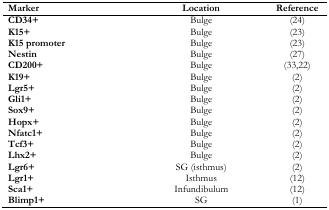
<table><thead><tr><td><b>Marker</b></td><td><b>Location</b></td><td><b>Reference</b></td></tr></thead><tbody><tr><td><b>CD34+</b></td><td>Bulge</td><td>(24)</td></tr><tr><td><b>K15+</b></td><td>Bulge</td><td>(23)</td></tr><tr><td><b>K15 promoter</b></td><td>Bulge</td><td>(23)</td></tr><tr><td><b>Nestin</b></td><td>Bulge</td><td>(27)</td></tr><tr><td><b>CD200+</b></td><td>Bulge</td><td>(33,22)</td></tr><tr><td><b>K19+</b></td><td>Bulge</td><td>(2)</td></tr><tr><td><b>Lgr5+</b></td><td>Bulge</td><td>(2)</td></tr><tr><td><b>Gli1+</b></td><td>Bulge</td><td>(2)</td></tr><tr><td><b>Sox9+</b></td><td>Bulge</td><td>(2)</td></tr><tr><td><b>Hopx+</b></td><td>Bulge</td><td>(2)</td></tr><tr><td><b>Nfatc1+</b></td><td>Bulge</td><td>(2)</td></tr><tr><td><b>Tcf3+</b></td><td>Bulge</td><td>(2)</td></tr><tr><td><b>Lhx2+</b></td><td>Bulge</td><td>(2)</td></tr><tr><td><b>Lgr6+</b></td><td>SG (isthmus)</td><td>(2)</td></tr><tr><td><b>Lgr1+</b></td><td>Isthmus</td><td>(12)</td></tr><tr><td><b>Sca1+</b></td><td>Infundibulum</td><td>(12)</td></tr><tr><td><b>Blimp1+</b></td><td>SG</td><td>(1)</td></tr></tbody></table>